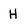
Character: H